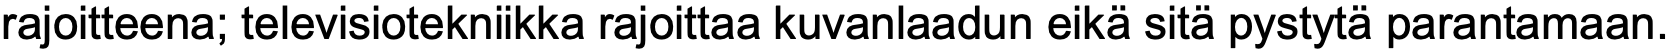
rajoitteena; televisiotekniikka rajoittaa kuvanlaadun eikä sitä pystytä parantamaan.